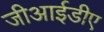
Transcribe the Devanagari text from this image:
जीआईडीए